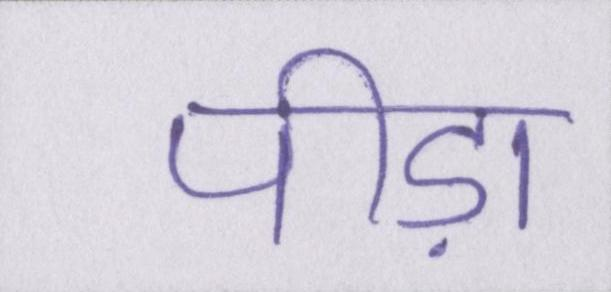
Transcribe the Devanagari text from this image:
पीड़ा